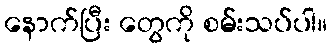
နောက်ပြီး တွေကို စမ်းသပ်ပါ။